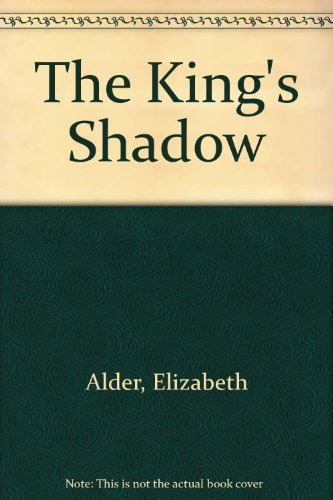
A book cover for The King's Shadow; Elizabeth Alder; Teen & Young Adult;